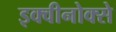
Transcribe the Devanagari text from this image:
इक्वीनोक्से